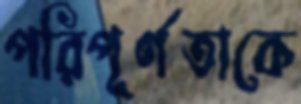
পরিপূর্ণতাকে